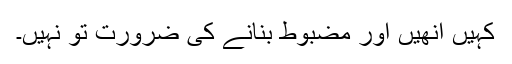
کہیں انھیں اور مضبوط بنانے کی ضرورت تو نہیں۔